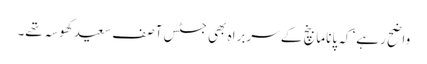
واضح رہے‘ کہ پاناما بنچ کے سربراہ بھی جسٹس آصف سعید کھوسہ تھے۔